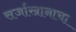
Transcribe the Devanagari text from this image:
सर्जाखानाचा